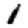
Digit: 1